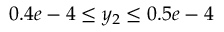
0 . 4 e - 4 \leq y _ { 2 } \leq 0 . 5 e - 4